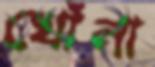
খোঁনা